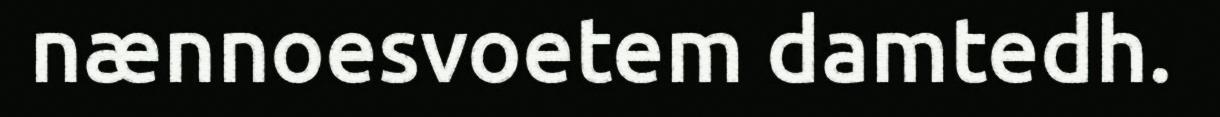
nænnoesvoetem damtedh.